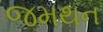
જમથન